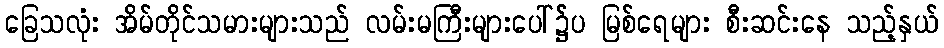
ခြေသလုံး အိမ်တိုင်သမားများသည် လမ်းမကြီးများပေါ်၌်ပ မြစ်ရေများ စီးဆင်းနေ သည့်နှယ်